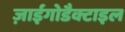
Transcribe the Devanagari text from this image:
ज़ाईगोडैक्टाइल